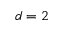
d = 2